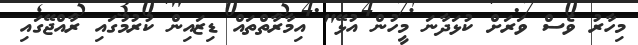
މިހާރު ވެސް ވަރަށް ކުޅަދާނަ މީހުން އުޅޭ" އިމާރާތްތައް ޑިޒައިން ކުރުމުގައި ރާއްޖޭގައި